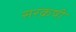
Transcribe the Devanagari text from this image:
सरक़षी